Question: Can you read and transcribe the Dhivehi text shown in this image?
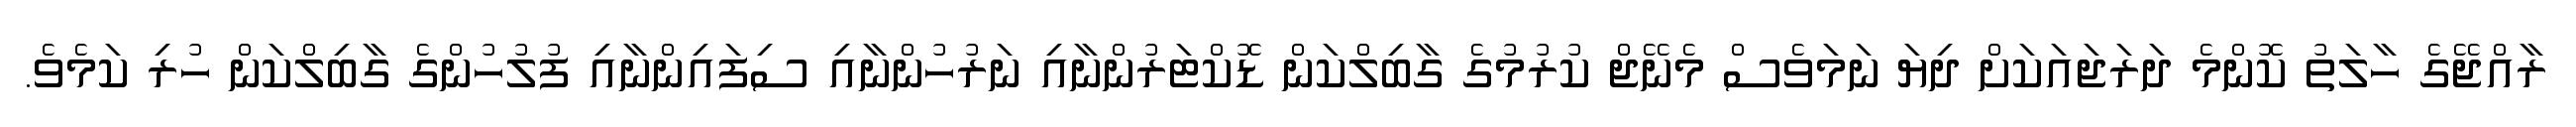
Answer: ރާއްޖޭގެ ހާލަތު ކޮންމެ ދަރަޖައަކަށް ދިޔަ ނަމަވެސް މެނޭޖް ކުރުމުގެ ގާބިލްކަން ޑޮކްޓަރުންނާއި ނަރުހުންނާއި ސިފައިންނާއި ފުލުހުންގެ ގާބިލްކަން ހުރި ކަމެވެ.